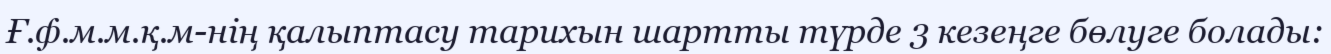
Ғ.ф.м.м.қ.м-нің қалыптасу тарихын шартты түрде 3 кезеңге бөлуге болады: